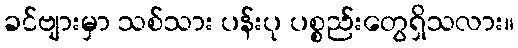
ခင်ဗျားမှာ သစ်သား ပန်းပု ပစ္စည်းတွေရှိသလား။